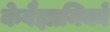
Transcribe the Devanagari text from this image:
केवैज्ञानिकों